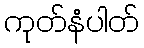
ကုတ်နံပါတ်